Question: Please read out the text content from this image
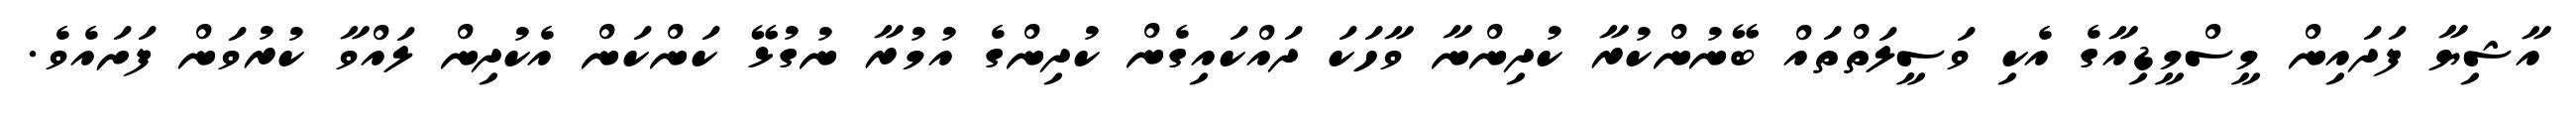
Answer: އާޝިޔާ ފަދައިން މީސްމީޑިއާގެ އެކި ވަސީލަތްތައް ބޭނުންކުރާ ކުދިންނާ ވާހަކަ ދައްކައިގެން ކުދިންގެ އުމުރާ ނުގުޅޭ ކަންކަން އެކުދިން ލައްވާ ކުރުވަން ފަށައެވެ.